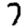
Digit: 7